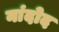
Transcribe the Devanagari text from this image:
नांदोद